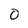
Character: 0